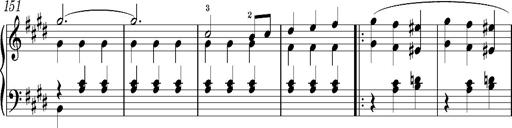
Title: Valses oubliÃ©es
Composer: Franz Liszt